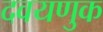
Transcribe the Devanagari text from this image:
दवयणुक